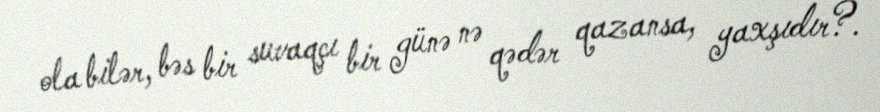
ola bilər, bəs bir suvaqçı bir günə nə qədər qazansa, yaxşıdır?.